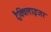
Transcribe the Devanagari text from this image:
ट्रैक्विलाइजर